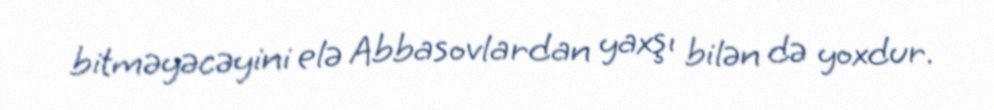
bitməyəcəyini elə Abbasovlardan yaxşı bilən də yoxdur.